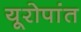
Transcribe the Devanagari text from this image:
यूरोपांत